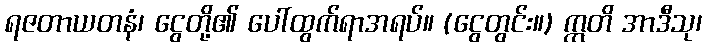
ရဇတာယတနံ၊ ငွေတို့၏ ပေါ်ထွက်ရာအရပ်။ (ငွေတွင်း။) ဣတိ အာဒီသု၊